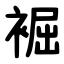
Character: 䘿